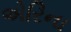
એરિના